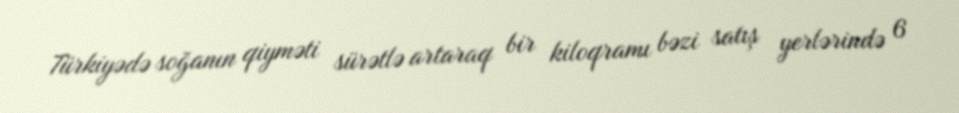
Türkiyədə soğanın qiyməti sürətlə artaraq bir kiloqramı bəzi satış yerlərində 6